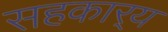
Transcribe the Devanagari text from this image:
सहकार्‍य